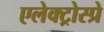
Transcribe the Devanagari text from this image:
एलेक्ट्रोस्प्रे